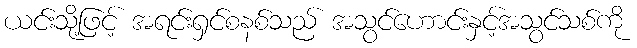
ယင်းသို့ဖြင့် အရင်းရှင်စနစ်သည် အသွင်ဟောင်းနှင့်အသွင်သစ်ကို